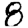
Digit: 8